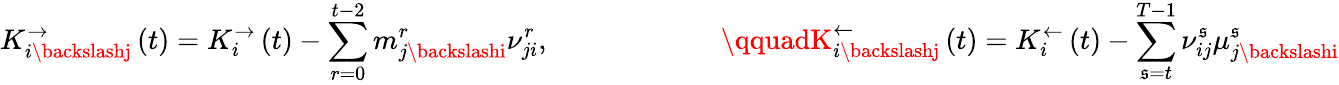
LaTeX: K_{i\backslashj}^{\rightarrow}\left(t\right)=K_{i}^{\rightarrow}\left(t\right)-\sum_{r=0}^{t-2}m_{j\backslashi}^{r}\nu_{ji}^{r},\qquad\qquad\qquad\qquadK_{i\backslashj}^{\leftarrow}\left(t\right)=K_{i}^{\leftarrow}\left(t\right)-\sum_{\mathfrak{s}=t}^{T-1}\nu_{ij}^{\mathfrak{s}}\mu_{j\backslashi}^{\mathfrak{s}}